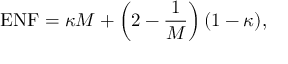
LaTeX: { \mathrm { E N F } } = \kappa M + \left( 2 - { \frac { 1 } { M } } \right) ( 1 - \kappa ) ,